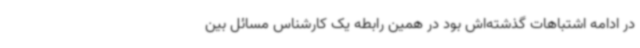
در ادامه اشتباهات گذشته‌اش بود در همین رابطه یک کارشناس مسائل بین